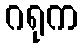
ဂရုက